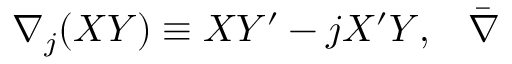
\nabla _ { j } ( X Y ) \equiv X Y ^ { \prime } - j X ^ { \prime } Y , \; \; \; \bar { \nabla }